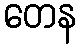
တေန